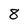
Character: 8